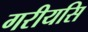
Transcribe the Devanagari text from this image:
गरीयसि